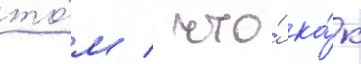
то́м / что́ ка́к